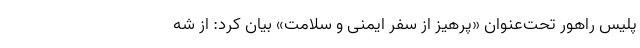
پلیس راهور تحت‌عنوان «پرهیز از سفر ایمنی و سلامت» بیان کرد: از شه